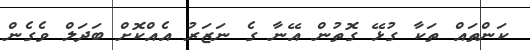
ކަންތައް ތަކާ ގުޅޭ ގޮތުން އޭނާ ގެ ނަޒަރު އެއްކޮށް ބަދަލް ވެގެން